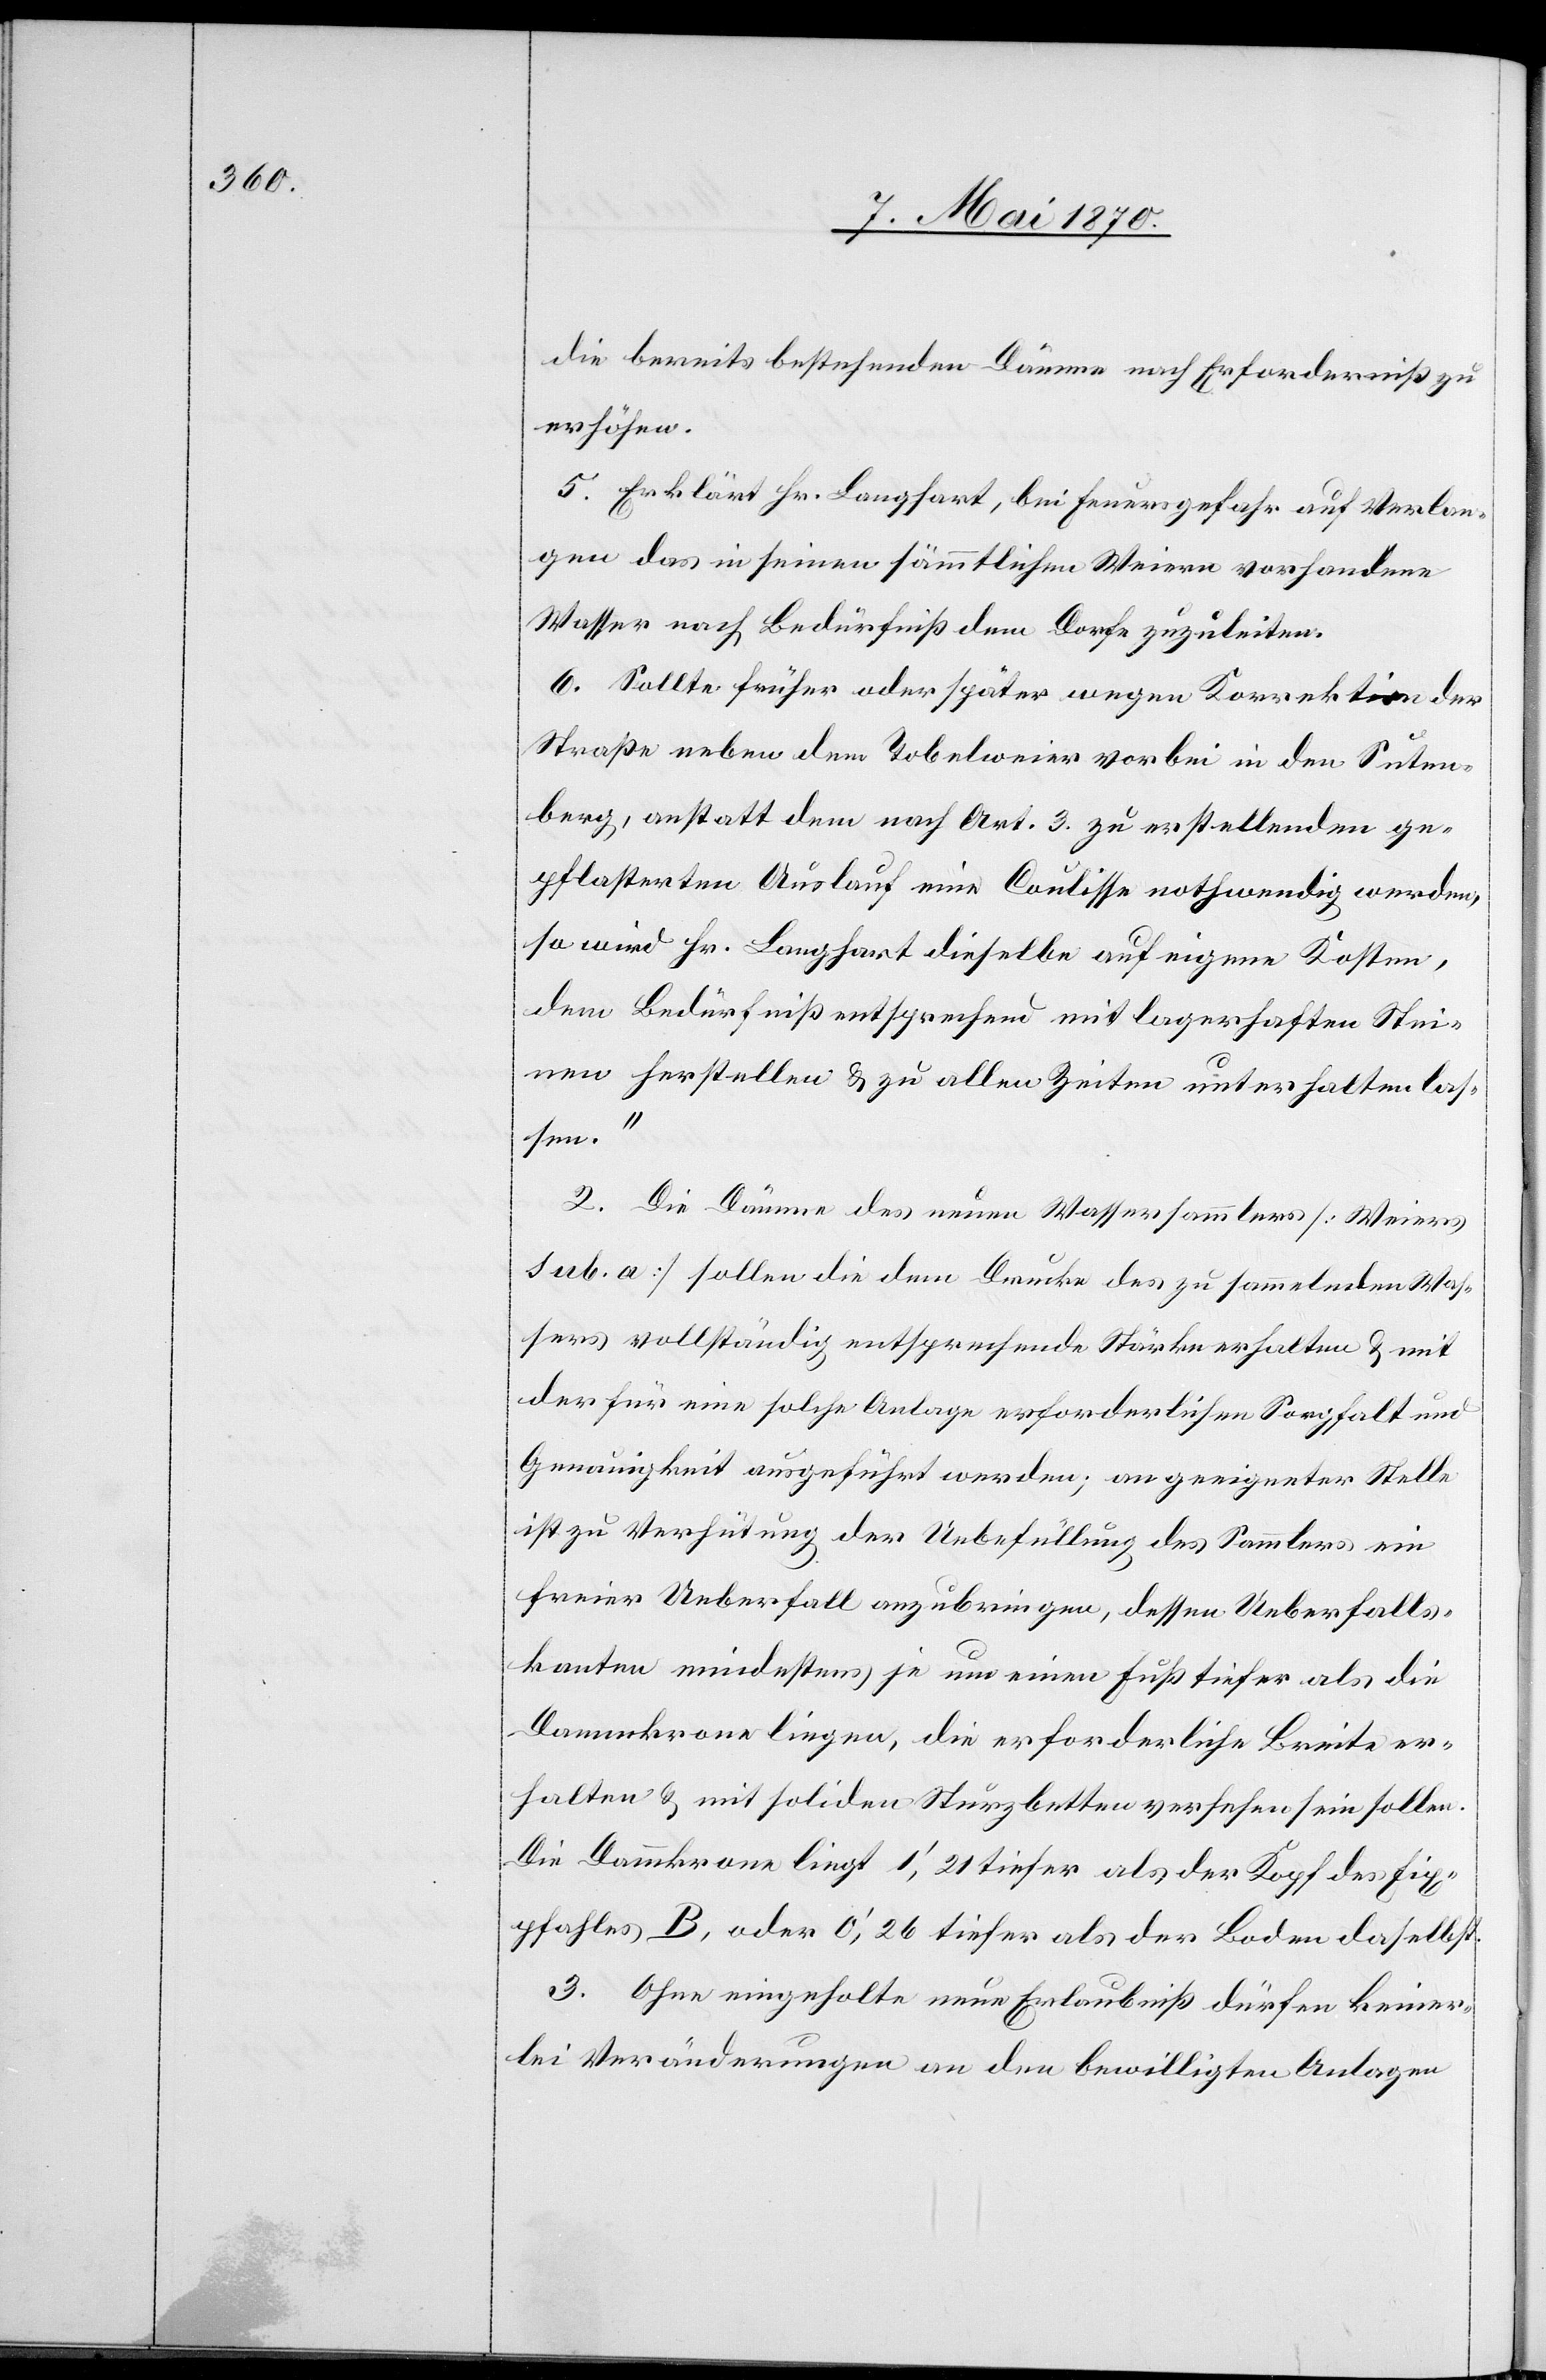
die bereits bestehenden Dämme nach Erforderniß zu
erhöhen.
5. Erklärt Hr. Langhart, bei Feuergefahr auf Verlan¬
gen das in seinen sämmtlichen Weiern vorhandene
Wasser nach Bedürfniß dem Dorfe zuzuleiten.
6. Sollte früher oder später wegen Korrektion der
Straße neben dem Tobelweier vorbei in den Suten¬
berg, anstatt dem nach Art. 3 zu erstellenden ge¬
pflasterten Auslauf eine Coulisse nothwendig werden,
so wird Hr. Langhart dieselbe auf eigene Kosten,
dem Bedürfniß entsprechend mit lagerhaften Stei¬
nen herstellen & zu allen Zeiten unterhalten las¬
sen.“
2. Die Dämme des neuen Wassersammlers [Weiers
sub. a] sollen die dem Drucke des zu sammelnden Was¬
sers vollständig entsprechende Stärke erhalten & mit
der für eine solche Anlage erforderlichen Sorgfalt und
Genauigkeit ausgeführt werden; an geeigneter Stelle
ist zu Verhütung der Uebe[r]füllung des Sammlers ein
freier Ueberfall anzubringen, dessen Ueberfalls¬
kanten mindestens je um einen Fuß tiefer als die
Dammkrone liegen, die erforderliche Breite er¬
halten & mit soliden Sturzbetten versehen sein sollen.
Die Dammkrone liegt 10‘,21 tiefer als der Kopf des Fix¬
pfahles B, oder 0‘,26 tiefer als der Boden daselbst.
3. Ohne eingeholte neue Erlaubniß dürfen keiner¬
lei Veränderungen an den bewilligten Anlagen